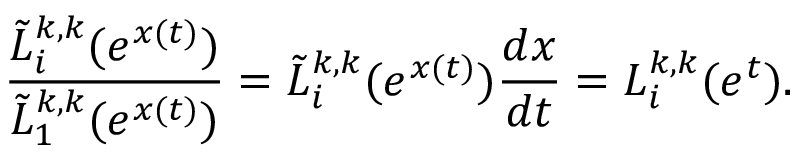
\frac { \tilde { L } _ { i } ^ { k , k } ( e ^ { x ( t ) } ) } { \tilde { L } _ { 1 } ^ { k , k } ( e ^ { x ( t ) } ) } = \tilde { L } _ { i } ^ { k , k } ( e ^ { x ( t ) } ) { \frac { d x } { d t } } = L _ { i } ^ { k , k } ( e ^ { t } ) .